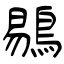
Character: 鶍